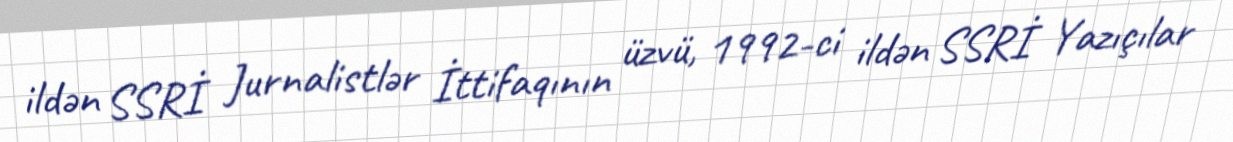
ildən SSRİ Jurnalistlər İttifaqının üzvü, 1992-ci ildən SSRİ Yazıçılar